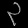
Digit: ၃